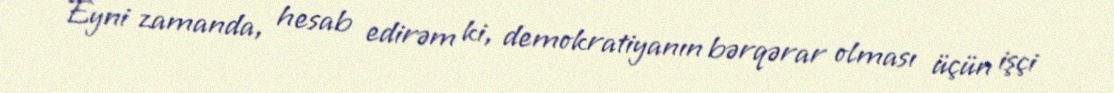
Eyni zamanda, hesab edirəm ki, demokratiyanın bərqərar olması üçün işçi